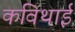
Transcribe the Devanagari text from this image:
कविथाई